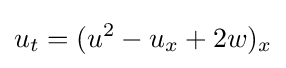
\displaystyle u_{t}=(u^{2}-u_{x}+2w)_{x}